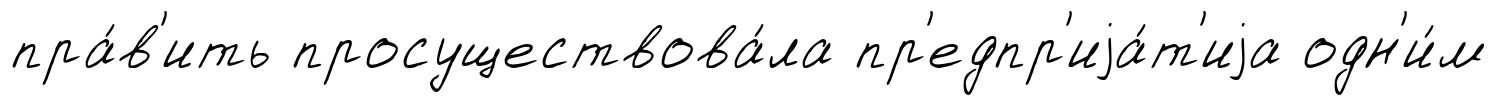
пра́в'ить просуществова́ла пр'едпр'иjа́т'иjа одн'и́м